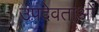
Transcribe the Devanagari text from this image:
उपदेवताओं